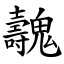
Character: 魗